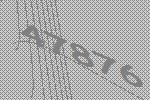
47876